Indian journal of veterinary science and animal husbandry - Volume 9,
Year: 1939
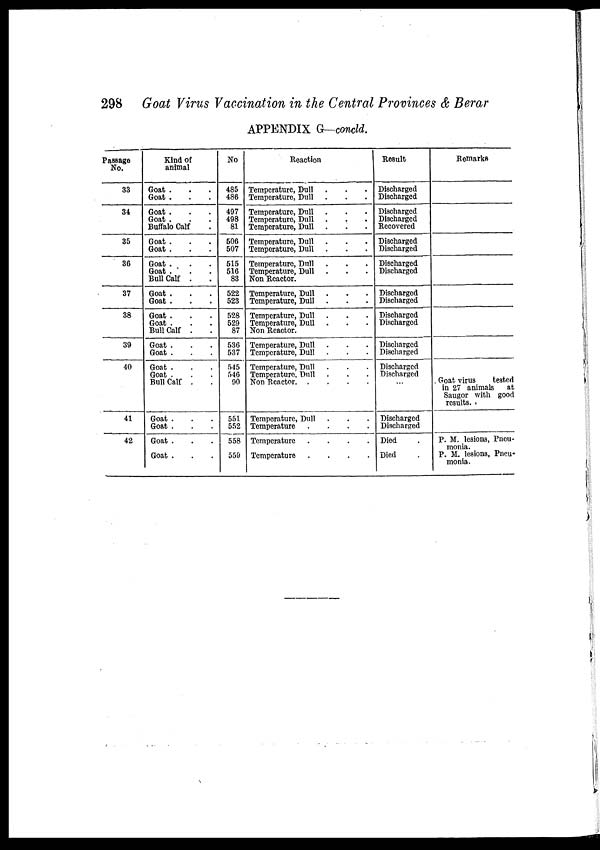
298 Goat Virus Vaccination in the Central Provinces & Berar
APPENDIX G—concld.
Passage
No.
33
34
35
36
37
38
39
40
41
42
Kind of
animal
Goat . . .
Goat . . .
Goat . . .
Goat . . .
Buffalo Calf .
Goat . . .
Goat . . .
Goat . . .
Goat . . .
Bull Calf . .
Goat . . .
Goat . . .
Goat . . .
Goat . . .
Bull Calf . .
Goat . . .
Goat . . .
Goat . . .
Goat . . .
Bull Calf . .
Goat . . .
Goat . . .
Goat . . .
Goat . . .
No
485
486
497
498
81
506
507
515
516
83
522
523
528
529
87
536
537
545
546
90
551
552
558
559
Reaction
Temperature, Dull . . .
Temperature, Dull . . .
Temperature, Dull . . .
Temperature, Dull . . .
Temperature, Dull . . .
Temperature, Dull . . .
Temperature, Dull . . .
Temperature, Dull . . .
Temperature, Dull . . .
Non Reactor.
Temperature, Dull . . .
Temperature, Dull . . .
Temperature, Dull . . .
Temperature, Dull . . .
Non Reactor.
Temperature, Dull . . .
Temperature, Dull . . .
Temperature, Dull . . .
Temperature, Dull . . .
Non Reactor.
.
.
.
.
Temperature, Dull . . .
Temperature
.
.
.
.
Temperature
.
.
.
.
Temperature
.
.
.
.
Result
Discharged
Discharged
Discharged
Discharged
Recovered
Discharged
Discharged
Discharged
Discharged
Discharged
Discharged
Discharged
Discharged
Discharged
Discharged
Discharged
Discharged
...
Discharged
Discharged
Died
Died
Remarks
Goat virus
tested
in 27 animals
at
Saugor with good
results.
P. M. lesions, Pneu-
monia.
P. M. lesions, Pneu-
monia.
—